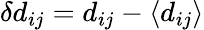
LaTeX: \delta d_{ij}=d_{ij}-\langle d_{ij}\rangle